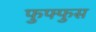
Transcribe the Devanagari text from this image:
फुफ्‍फुस